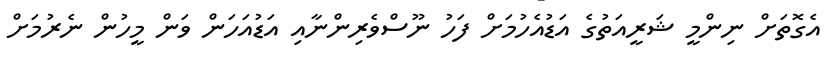
އެގޮތަށް ނިންމީ ޝަރީއަތުގެ އަޑުއެހުމަށް ފަހު ނޫސްވެރިންނާއި އަޑުއަހަން ވަން މީހުން ނެރުމަށް